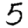
Digit: 5